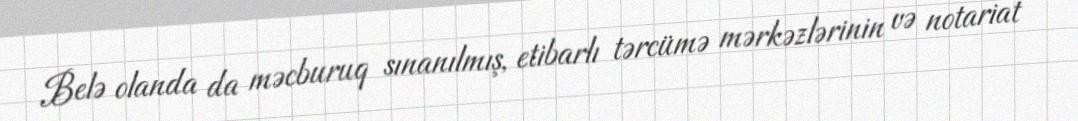
Belə olanda da məcburuq sınanılmış, etibarlı tərcümə mərkəzlərinin və notariat